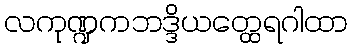
လကုဏ္ဍကဘဒ္ဒိယတ္ထေရဂါထာ